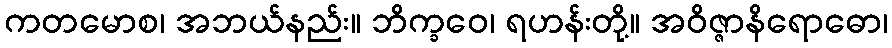
ကတမောစ၊ အဘယ်နည်း။ ဘိက္ခဝေ၊ ရဟန်းတို့။ အဝိဇ္ဇာနိရောဓော၊